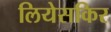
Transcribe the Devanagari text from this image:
लियेसकिर